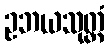
ဥဘယသုတ္တံ